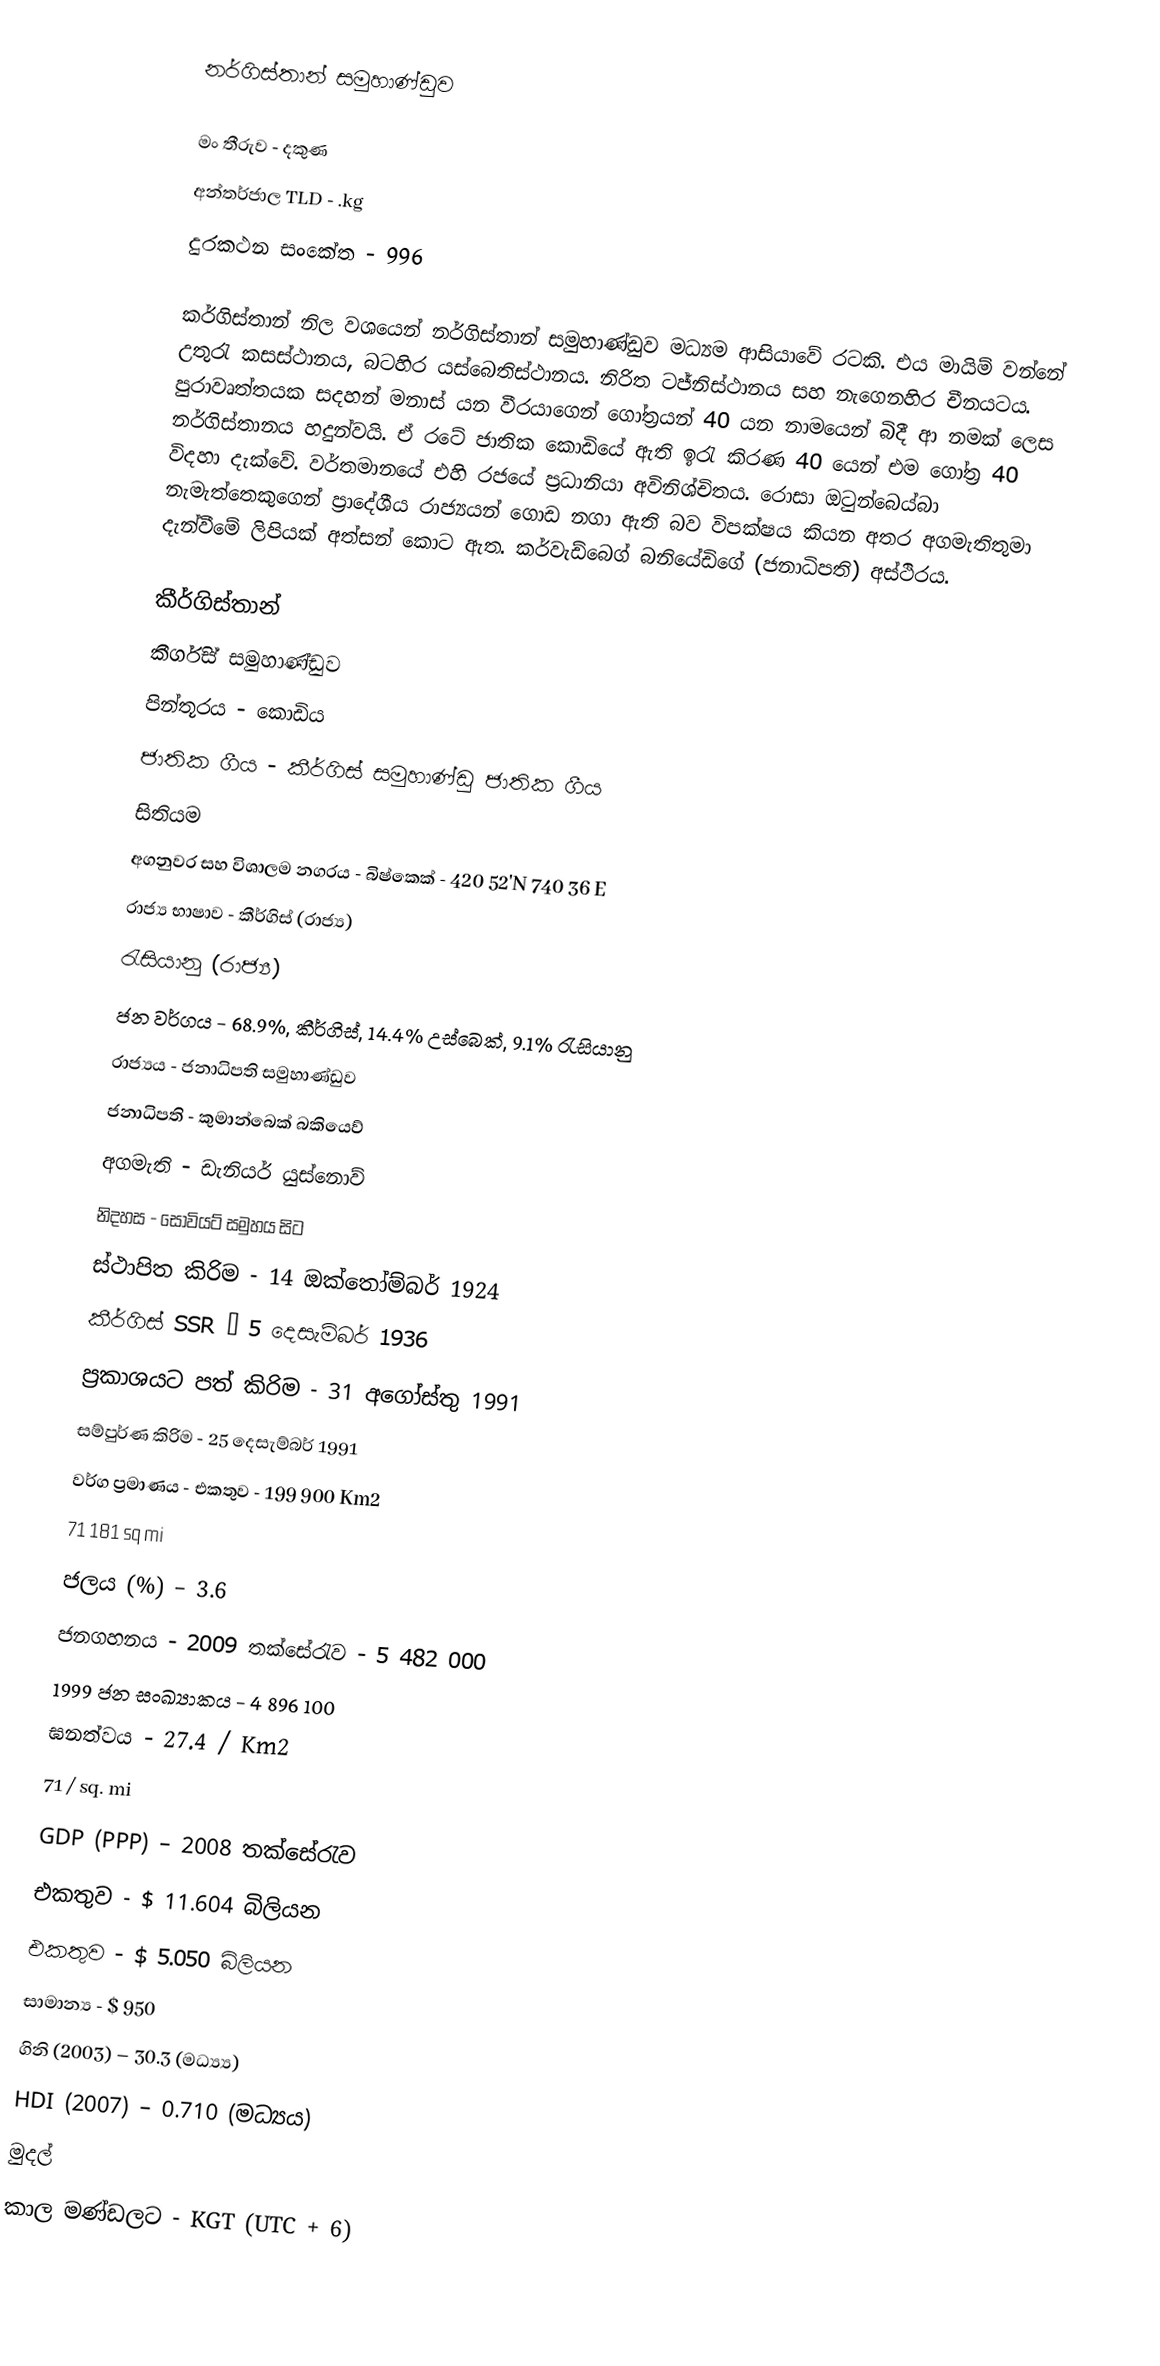
නර්ගිස්තාන් සමුහාණ්ඩුව

මං තීරුව - දකුණ
අන්තර්ජාල TLD - .kg
දුරකථන සංකේත - 996

කර්ගිස්තාන් නිල වශයෙන් නර්ගිස්තාන් සමුහාණ්ඩුව මධ්‍යම ආසියාවේ රටකි. එය මායිම් වන්නේ උතුරැ කසස්ථානය, බටහිර යස්බෙතිස්ථානය. නිරිත ටජ්නිස්ථානය සහ නැගෙනහිර චීනයටය. පුරාවෘත්තයක සදහන් මනාස් යන වීරයාගෙන් ගෝත්‍රයන් 40 යන නාමයෙන් බිදී ආ නමක් ලෙස නර්ගිස්තානය හදුන්වයි. ඒ රටේ ජාතික කොඩියේ ඇති ඉරැ කිරණ 40 ‍යෙන් එම ගෝත්‍ර 40 විදහා දැක්වේ. වර්තමානයේ එහි රජයේ ප්‍රධානියා අවිනිශ්චිතය. රොසා ඔටුන්බ‍ෙය්බා නැමැත්තෙකුගෙන් ප්‍රාදේශීය රාජ්‍යයන් ගොඩ නගා ඇති බව විපක්ෂය කියන අතර අගමැතිතුමා දැන්වීමේ ලිපියක් අත්සන් කොට ඇත. කර්වැඩ්බෙග් බනියේඩිගේ (ජනාධිපති) අස්ථිරය.

කීර්ගිස්තාන්
කීර්ගිස් සමුහාණ්ඩුව
පින්තූරය - කොඩිය
ජාතික ගීය - කීර්ගිස් සමුහාණ්ඩු ජාතික ගීය
සිතියම
අගනුවර සහ විශාලම නගරය - බිෂ්කෙක් - 420 52'N 740 36 E
රාජ්‍ය භාෂාව	- 	කීර්ගිස් (රාජ්‍ය)
		රැසියානු (රාජ්‍ය)
ජන වර්ගය - 68.9%, කීර්ගිස්, 14.4% උස්බෙක්, 9.1% රැසියානු
රාජ්‍යය - ජනාධිපති සමුහාණ්ඩුව
ජනාධිපති - කුමාන්බෙක් බකියෙව්
අගමැති - ඩැනියර් යුස්නොව්
නිදහස - සෝවියට් සමුහය සිට
ස්ථාපිත කිරිම - 14 ඔක්තෝම්බර් 1924
කීර්ගිස් SSR – 5 දෙසැම්බර් 1936
ප්‍රකාශයට පත් කිරිම - 31 ‍අගෝස්තු 1991
සම්පුර්ණ කිරිම - 25 දෙසැම්බර් 1991
වර්ග ප්‍රමාණය -	එකතුව	-	199 900 Km2
			71 181 sq mi
ජලය (%) – 3.6
ජනගහනය - 2009 තක්සේරැව - 5 482 000
1999 ජන සංඛ්‍යාකය - 4 896 100
ඝනත්වය	-	27.4 / Km2
		71 / sq. mi
GDP (PPP) – 2008 තක්සේරැව
එකතුව - $ 11.604 බිලියන
එකතුව - $ 5.050 බිලියන
සාමාන්‍ය - $ 950
ගිනි (2003) – 30.3 (මධ්‍ය්‍ය)
HDI (2007) – 0.710 (මධ්‍යය)
මුදල්
කාල මණ්ඩලට - KGT (UTC + 6)